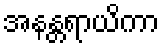
အနန္တရာယိကာ